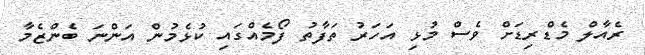
ރެއާލް މެޑްރިޑަށް ވެސް މުޅި އަހަރު ތަފާތު ފޯމެއްގައި ކުޅެމުން އަންނަ ބެންޒެމާ